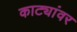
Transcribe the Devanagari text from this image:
काट्यांवर